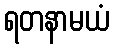
ရတနာမယံ